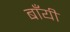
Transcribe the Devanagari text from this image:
बाँयीं